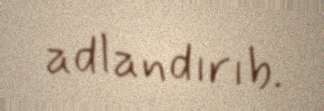
adlandırıb.